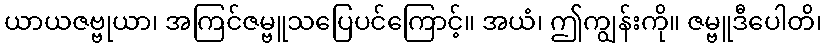
ယာယဇဗ္ဗုယာ၊ အကြင်ဇမ္ဗူသပြေပင်ကြောင့်။ အယံ၊ ဤကျွန်းကို။ ဇမ္ဗူဒီပေါတိ၊